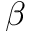
\beta